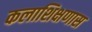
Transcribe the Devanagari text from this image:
कलाशिक्षणास